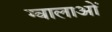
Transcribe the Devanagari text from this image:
ग्वालाओं